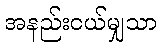
အနည်းငယ်မျှသာ